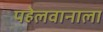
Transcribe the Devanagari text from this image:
पहेलवानाला